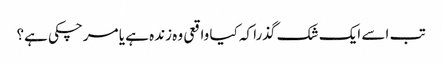
تب اسے ایک شک گذرا کہ کیا واقعی وہ زندہ ہے یا مرچکی ہے؟